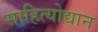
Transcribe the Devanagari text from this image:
साहित्योद्यान